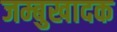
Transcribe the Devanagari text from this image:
जम्बुखादक